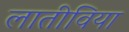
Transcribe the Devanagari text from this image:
लातीविया